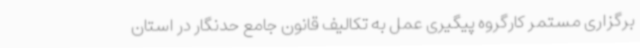
برگزاری مستمر کارگروه پیگیری عمل به تکالیف قانون جامع حدنگار در استان